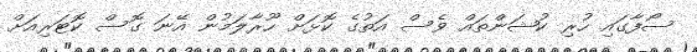
ސޯފާގައި ހުރި ކުޝަންތައް ވެސް އަތުގެ ކޮޅަށް ހޫރާލަމުން އޭނަ ގޮސް ކޮޓަރިއަށް